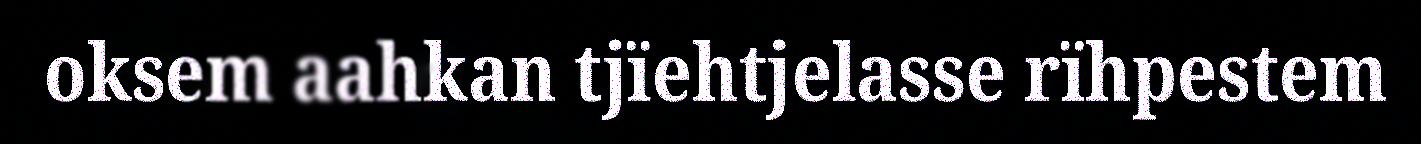
oksem aahkan tjïehtjelasse rïhpestem